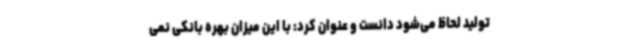
تولید لحاظ می‌شود دانست و عنوان کرد: با این میزان بهره بانکی نمی‌